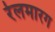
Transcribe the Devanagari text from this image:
रेलमारग